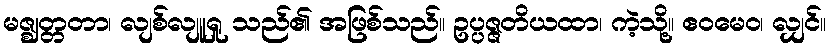
မဇ္ဈတ္တတာ၊ လျစ်လျူရှု သည်၏ အဖြစ်သည်။ ဥပ္ပဇ္ဇတိယထာ၊ ကဲ့သို့။ ဧဝမေဝ၊ လျှင်။